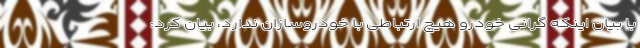
با بیان اینکه گرانی خودرو هیچ ارتباطی با خودروسازان ندارد، بیان کرد: